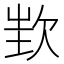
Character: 𣢫